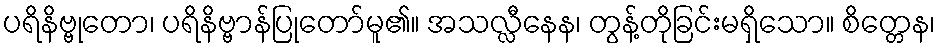
ပရိနိဗ္ဗုတော၊ ပရိနိဗ္ဗာန်ပြုတော်မူ၏။ အသလ္လီနေန၊ တွန့်တိုခြင်းမရှိသော။ စိတ္တေန၊